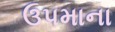
ઉપમાના